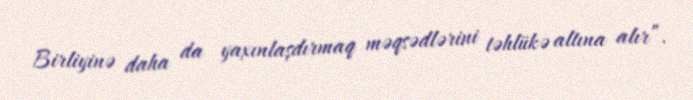
Birliyinə daha da yaxınlaşdırmaq məqsədlərini təhlükə altına alır”.